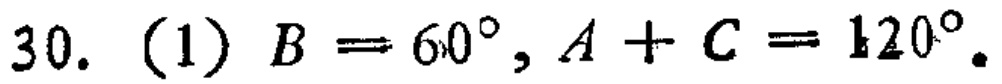
30. (1) \(B = 60^{\circ}, A + C = 120^{\circ}\).